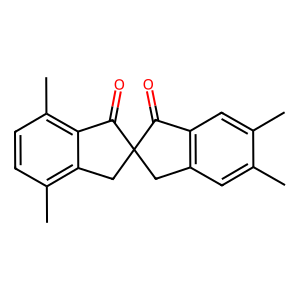
SMILES: Cc1cc2c(cc1C)C(=O)C1(C2)Cc2c(C)ccc(C)c2C1=O
Inhibits HIV replication: No